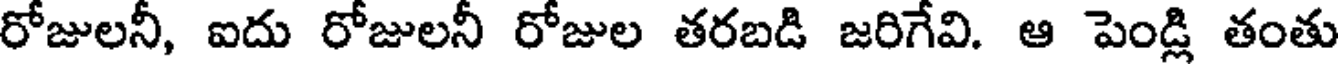
రోజులనీ, ఐదు రోజులనీ రోజుల తరబడి జరిగేవి. ఆ పెండ్లి తంతు